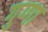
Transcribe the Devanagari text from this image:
गुग्गा